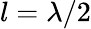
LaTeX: l=\lambda/2